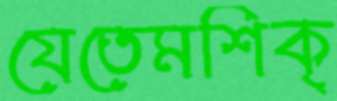
যেতেমশিক্